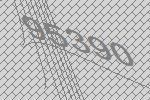
95390